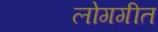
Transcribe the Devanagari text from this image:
लोगगीत